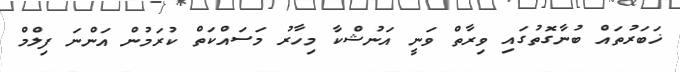
ޚަބަރުތައް ބުނާގޮތުގައި ވިރާތް ވަނީ އަނުޝްކާ މިހާރު މަސައްކަތް ކުރަމުން އަންނަ ފިލްމް